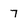
Character: 7